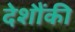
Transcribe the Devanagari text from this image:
देशौंकी